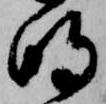
明